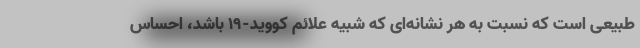
طبیعی است که نسبت به هر نشانه‌ای که شبیه علائم کووید-۱۹ باشد، احساس